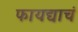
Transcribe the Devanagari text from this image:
फायद्याचं